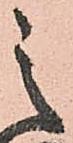
之